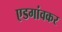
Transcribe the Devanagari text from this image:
एडगांवकर